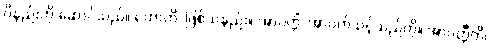
ဝိနည်းကို ဆောင်သည်။ ဟောတိ၊ ဖြစ်သနည်း။ အာပတ္တိံ၊ အာပတ်သင့်သည်ကို။ အာပတ္တီတိ၊